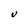
Character: V